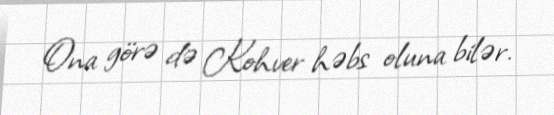
Ona görə də Kohver həbs oluna bilər.